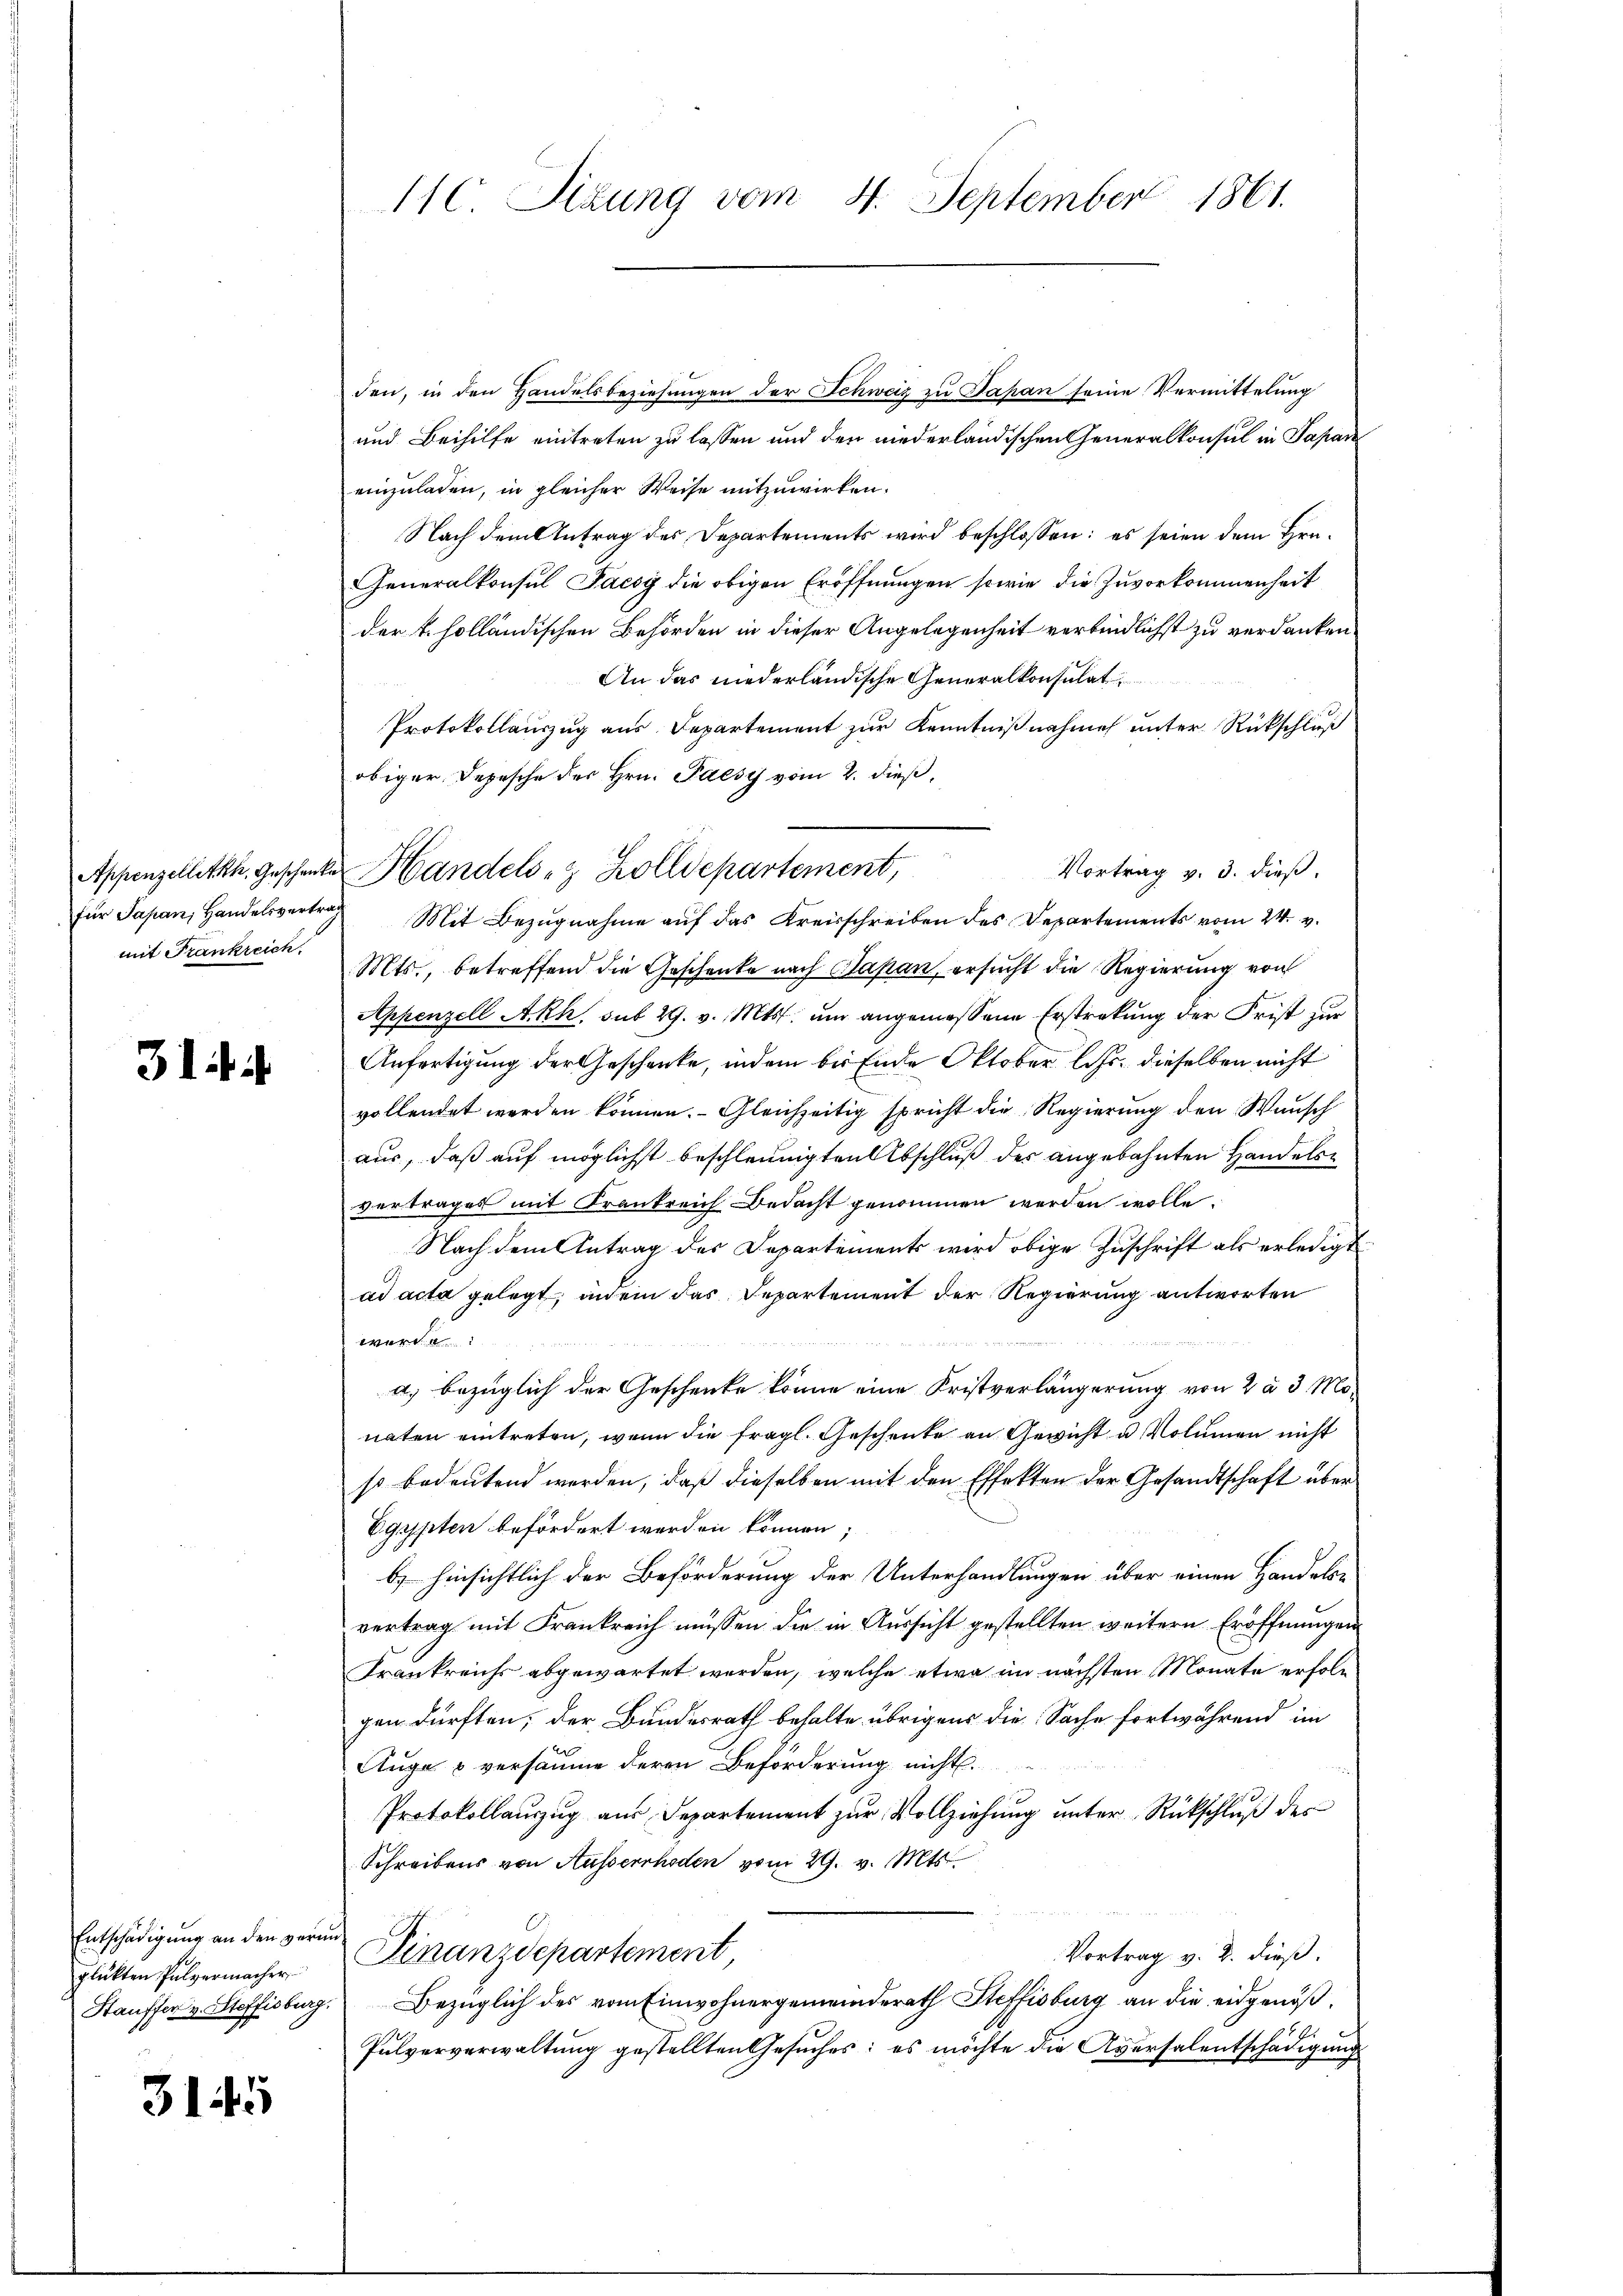
mit Frankreich.

314 i

Entschädigung an den verun
glükten Pulvermacher
Htauffer v. Steffisburg.

3145

den, in den Handelsbeziehungen der Schweiz zu Japan seine Vermittelung
und Beihilfe eintreten zu lassen und den niederländischen Generalkonsul in Papan
einzuladen, in gleicher Weise mitzuwirken.
Nach dem Antrag des Departements wird beschlossen: es seien dem Hrn.
Generalkonsul Paesy die obigen Eröffnŭngen sowie die Zuvorkommenheit
der k. holländischen Behörden in dieser Angelegenheit verbindlichst zu verdanken.
An das niederländische Generalkonsulat
Protokollauszug aus Departement zur Kenntnißnahme unter Rückschluß
obiger Depesche des Hrn. Paesy vom 2. dieß,
Vortrag v. 3. dieß.
für Sapan, Handelsvertrag Mit Bezugnahme auf das Kreisschreiben des Departements vom 24. v.
Mts., betreffend die Geschenke nach Papan, ersucht die Regierung von
Appenzell A.Rh. sub 29. v. Mts. um angemessene Erstrakung der Frist zur
Anfertigung der Geschenke, indem bis Ende Oktober betr. dieselben nicht
vollendet werden können. Gleichzeitig spricht die Regierung den Wunsch
aus, daß auf möglichst beschleunigten Abschluß des angebahnten Handelsvertrages mit Krankreich Bedacht genommen werden wolle.
Nach dem Antrag des Departements wird obige Zuschrift als erledigt
ad acta gelegt, indem das Departement der Regierung antworten
werde
2 hat
a) bezüglich der Geschenke könne eine Kristverlängerung von 2 à 3 Monaten eintreten, wenn die fragl. Geschenke an Gewicht u. Volumen nicht
so bedeutend werden, daß dieselben mit den Effekten der Gesandtschaft über
Egypten befördert werden können;
b) hinsichtlich der Beförderung der Unterhandlungen über einen Handels-
vertrag mit Frankreich müssen die in Aussicht gestellten weitern Eröffnungen
Frankreichs abgewartet werden, welche etwa im nächsten Monate erfolgen dürften; der Bundesrath behalte übrigens die Sache fortwährend im
Auge & versäume deren Beförderung nicht.
Protokollauszug aus Departement zur Vollziehung unter Rückschluß des
Schreibens von Ausserrhoden vom 29. v. Mts.
Vortrag v. 2. dieß.
Finanzdepartement,
Bezüglich des vom Einwohnergemeinderath Steffisburg an die eidgenöß¬
Pulververwaltung gestellten Gesuches: es möchte die Aversalentschädigung

110. Sizung vom 4. September 1861.

Appenzelletth. Geschenke Handels- & Zolldepartement,